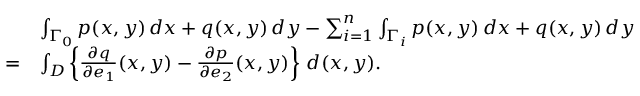
{ \begin{array} { r l } & { \int _ { \Gamma _ { 0 } } p ( x , y ) \, d x + q ( x , y ) \, d y - \sum _ { i = 1 } ^ { n } \int _ { \Gamma _ { i } } p ( x , y ) \, d x + q ( x , y ) \, d y } \\ { = } & { \int _ { D } \left\{ { \frac { \partial q } { \partial e _ { 1 } } } ( x , y ) - { \frac { \partial p } { \partial e _ { 2 } } } ( x , y ) \right\} \, d ( x , y ) . } \end{array} }